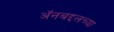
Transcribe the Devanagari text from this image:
अॅनबद्दलच्या